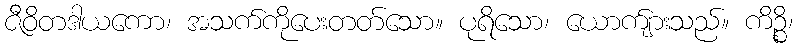
ဇီဝိတဒါယကော၊ အသက်ကိုပေးတတ်သော။ ပုရိသော၊ ယောက်ျားသည်။ ကိဉ္စိ၊